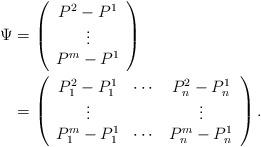
LaTeX: \begin{align*}\Psi&=\left(\begin{array}{c}P^2-P^1\\\vdots\\P^m-P^1\end{array}\right)\\&=\left(\begin{array}{ccc}P^2_1-P^1_1 & \cdots & P^2_n-P^1_n\\\vdots & & \vdots\\P^m_1-P^1_1 & \cdots & P^m_n-P^1_n\end{array}\right).\end{align*}